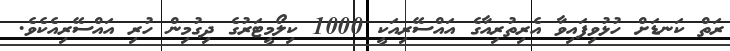
ރަތް ކަނޑަށް ހުޅުވިފައިވާ އެރިތުރިއާގެ އައްސޭރިއަކީ 1000 ކިލޯމީޓަރުގެ ދިގުމިން ހުރި އައްސޭރިއެކެވެ.